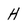
Character: H